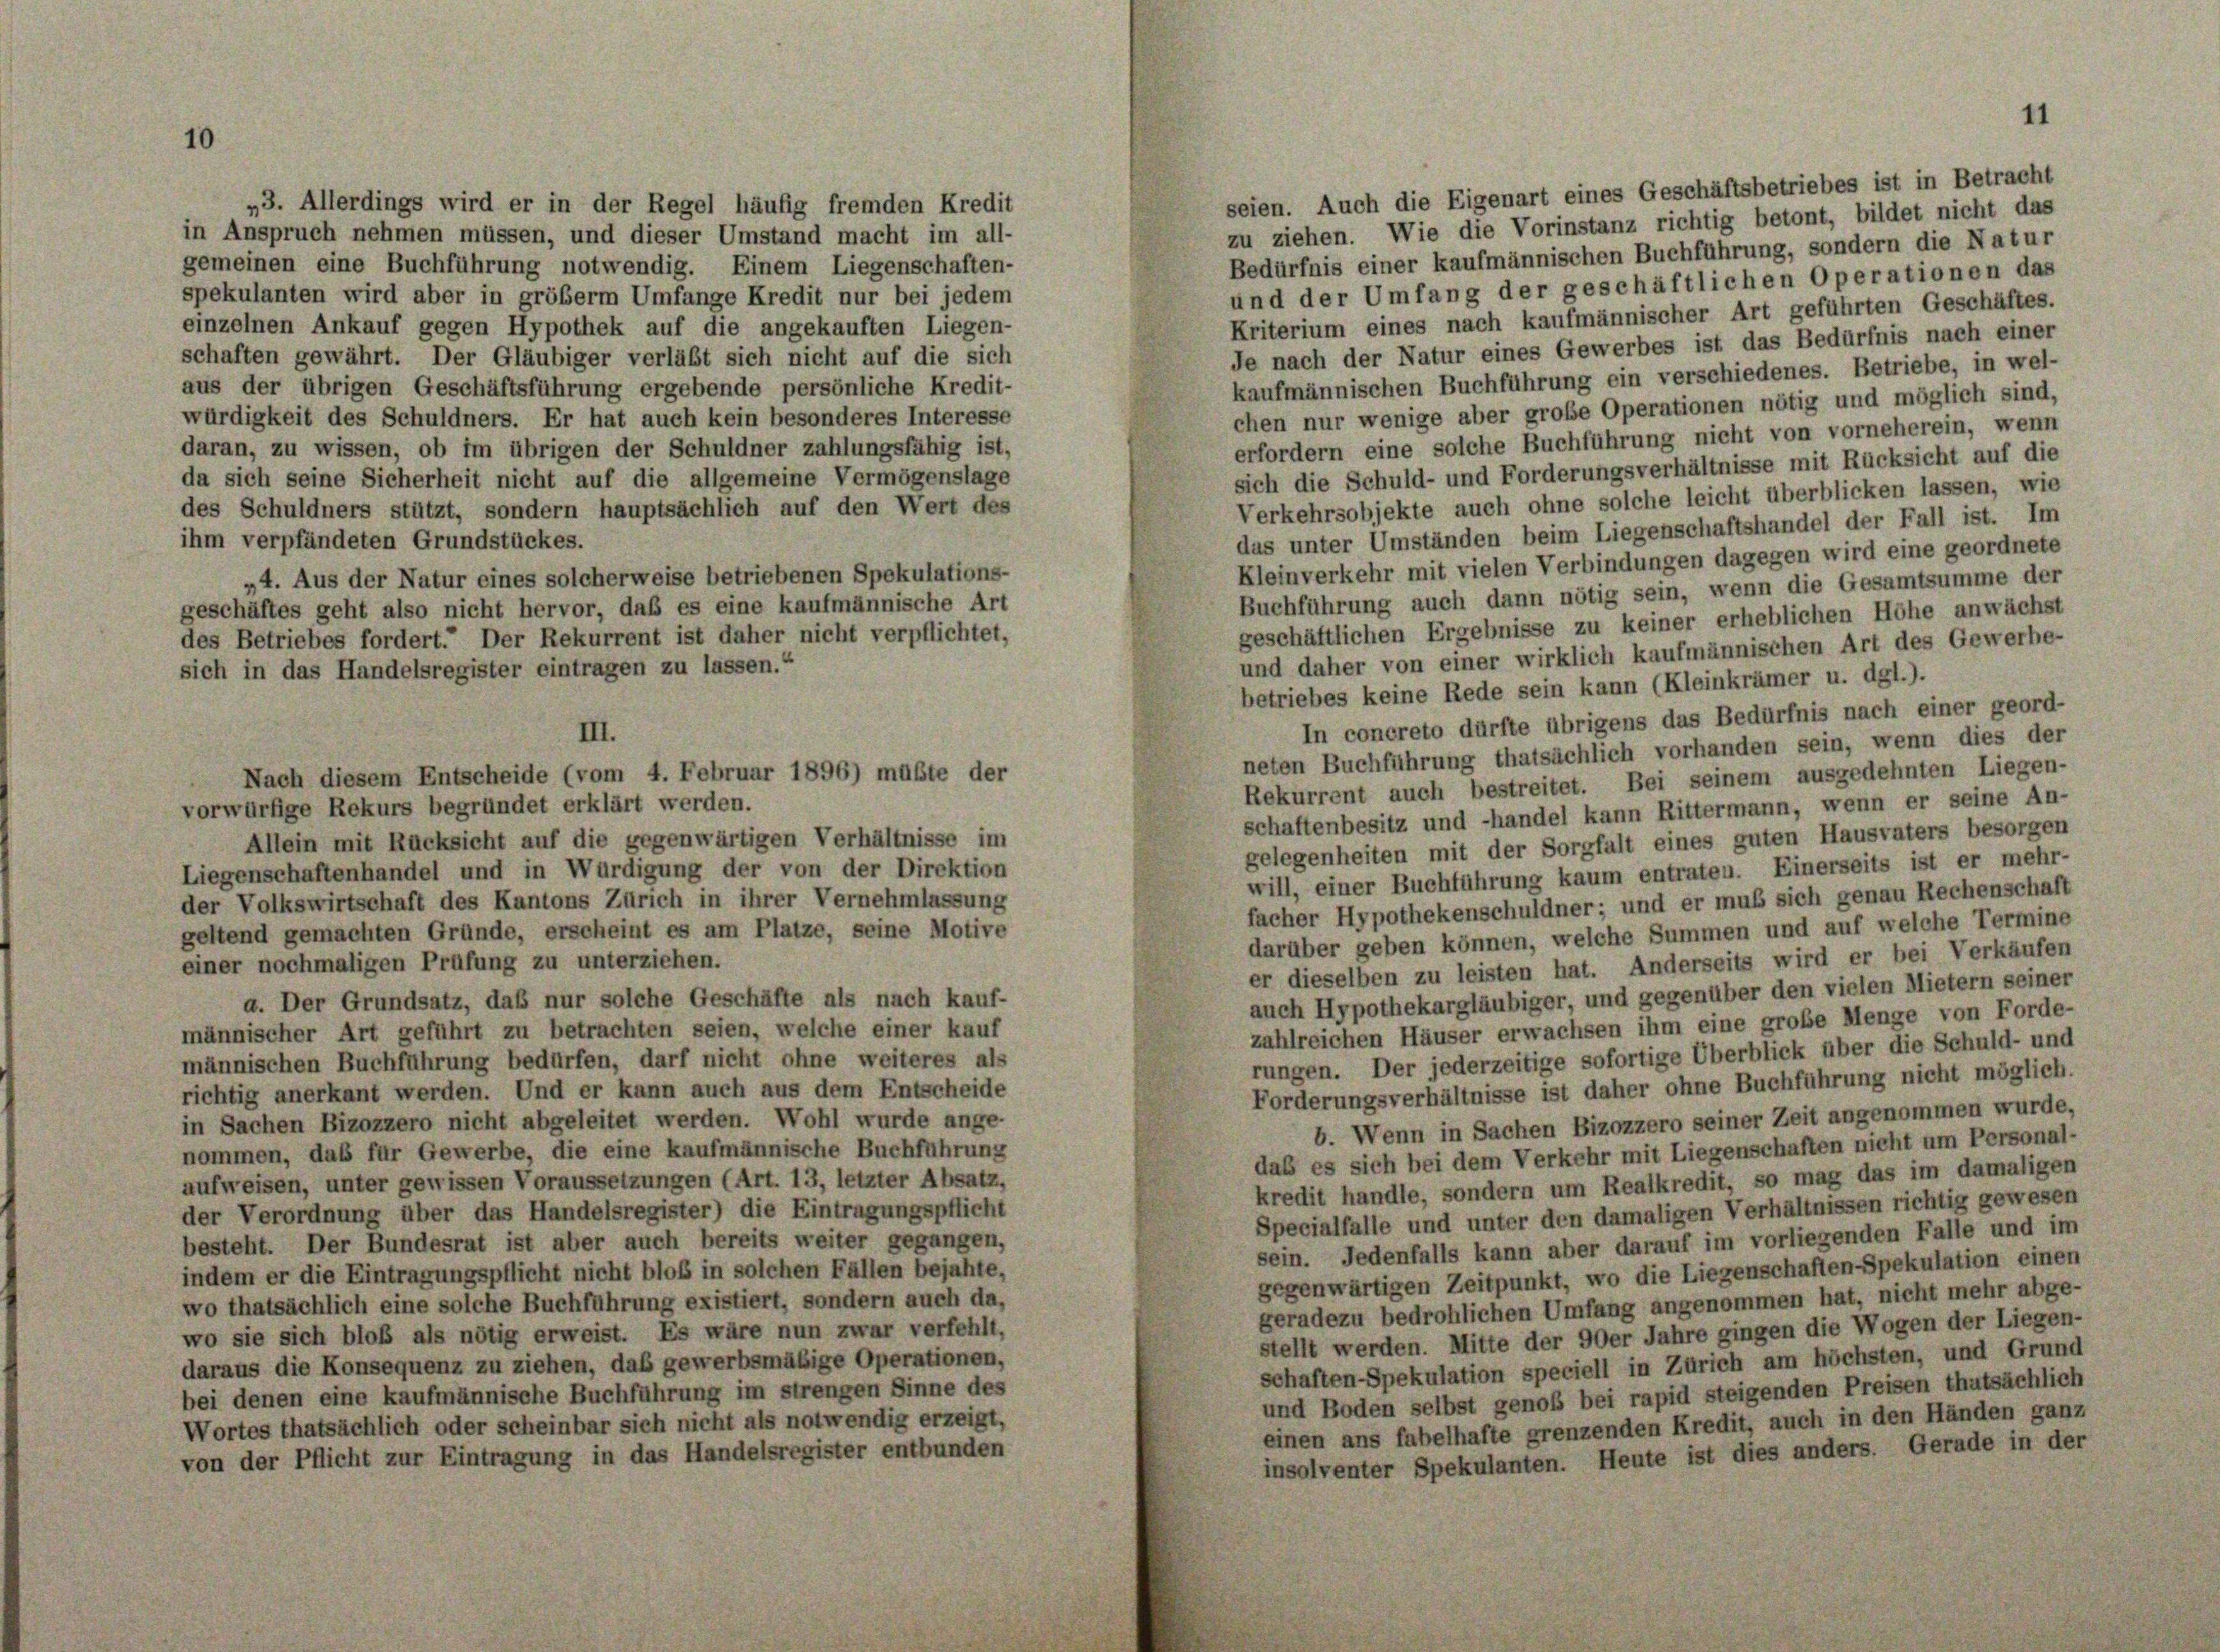
seien. Auch die Eigenart eines Geschäftsbetriebes ist in Betracht
„3. Allerdings wird er in der Regel häufig fremden Kredit
zu ziehen. Wie die Vorinstanz richtig betont, bildet nicht das
in Anspruch nehmen müssen, und dieser Umstand macht im all-
Bedürfnis einer kaufmännischen Buchführung, sondern die Natur
gemeinen eine Buchführung notwendig. Einem Liegenschaften-
und der Umfang der geschäftlichen Operationen das
spekulanten wird aber in größerm Umfange Kredit nur bei jedem
Kriterium eines nach kaufmännischer Art geführten Geschäftes.
einzelnen Ankauf gegen Hypothek auf die angekauften Liegen-
Je nach der Natur eines Gewerbes ist das Bedürfnis nach einer
schaften gewährt. Der Gläubiger verläßt sich nicht auf die sich
kaufmännischen Buchführung ein verschiedenes. Betriebe, in wel-
aus der übrigen Geschäftsführung ergebende persönliche Kredit-
chen nur wenige aber große Operationen nötig und möglich sind,
würdigkeit des Schuldners. Er hat auch kein besonderes Interesse
erfordern eine solche Buchführung nicht von vorneherein, wenn
daran, zu wissen, ob im übrigen der Schuldner zahlungsfähig ist,
sich die Schuld- und Forderungsverhältnisse mit Rücksicht auf die
da sich seine Sicherheit nicht auf die allgemeine Vermögenslage
Verkehrsobjekte auch ohne solche leicht überblicken lassen, wie
des Schuldners stützt, sondern hauptsächlich auf den Wert des
das unter Umständen beim Liegenschaftshandel der Fall ist. Im
ihm verpfändeten Grundstückes.
Kleinverkehr mit vielen Verbindungen dagegen wird eine geordnete
„4. Aus der Natur eines solcherweise betriebenen Spekulations-
Buchführung auch dann nötig sein, wenn die Gesamtsumme der
geschäftes geht also nicht hervor, daß es eine kaufmännische Art
geschäftlichen Ergebnisse zu keiner erheblichen Höhe anwächst
des Betriebes fordert.“ Der Rekurrent ist daher nicht verpflichtet,
und daher von einer wirklich kaufmännischen Art des Gewerbe-
sich in das Handelsregister eintragen zu lassen.“
betriebes keine Rede sein kann (Kleinkrämer u. dgl.).
In concreto dürfte übrigens das Bedürfnis nach einer geord-
III.
neten Buchführung thatsächlich vorhanden sein, wenn dies der
Nach diesem Entscheide (vom 4. Februar 1896) müßte der
Rekurrent auch bestreitet. Bei seinem ausgedehnten Liegen-
vorwürfige Rekurs begründet erklärt werden.
schaftenbesitz und -handel kann Rittermann, wenn er seine An-
Allein mit Rücksicht auf die gegenwärtigen Verhältnisse im
gelegenheiten mit der Sorgfalt eines guten Hausvaters besorgen
Liegenschaftenhandel und in Würdigung der von der Direktion
will, einer Buchführung kaum entraten. Einerseits ist er mehr-
der Volkswirtschaft des Kantons Zürich in ihrer Vernehmlassung
facher Hypothekenschuldner; und er muß sich genau Rechenschaft
geltend gemachten Gründe, erscheint es am Platze, seine Motive
darüber geben können, welche Summen und auf welche Termine
einer nochmaligen Prüfung zu unterziehen.
er dieselben zu leisten hat. Anderseits wird er bei Verkäufen
auch Hypothekargläubiger, und gegenüber den vielen Mietern seiner
a. Der Grundsatz, daß nur solche Geschäfte als nach kauf-
zahlreichen Häuser erwachsen ihm eine große Menge von Forde-
männischer Art geführt zu betrachten seien, welche einer kauf
rungen. Der jederzeitige sofortige Überblick über die Schuld- und
männischen Buchführung bedürfen, darf nicht ohne weiteres als
Forderungsverhältnisse ist daher ohne Buchführung nicht möglich.
richtig anerkant werden. Und er kann auch aus dem Entscheide
in Sachen Bizozzero nicht abgeleitet werden. Wohl wurde ange-
b. Wenn in Sachen Bizozzero seiner Zeit angenommen wurde,
nommen, daß für Gewerbe, die eine kaufmännische Buchführung
daß es sich bei dem Verkehr mit Liegenschaften nicht um Personal-
aufweisen, unter gewissen Voraussetzungen (Art. 13, letzter Absatz,
kredit handle, sondern um Realkredit, so mag das im damaligen
der Verordnung über das Handelsregister) die Eintragungspflicht
Specialfalle und unter den damaligen Verhältnissen richtig gewesen
besteht. Der Bundesrat ist aber auch bereits weiter gegangen,
sein. Jedenfalls kann aber darauf im vorliegenden Falle und im
indem er die Eintragungspflicht nicht bloß in solchen Fällen bejahte,
gegenwärtigen Zeitpunkt, wo die Liegenschaften-Spekulation einen
wo thatsächlich eine solche Buchführung existiert, sondern auch da,
geradezu bedrohlichen Umfang angenommen hat, nicht mehr abge-
wo sie sich bloß als nötig erweist. Es wäre nun zwar verfehlt,
stellt werden. Mitte der 90er Jahre gingen die Wogen der Liegen-
daraus die Konsequenz zu ziehen, daß gewerbsmäßige Operationen,
schaften-Spekulation speciell in Zürich am höchsten, und Grund
bei denen eine kaufmännische Buchführung im strengen Sinne des
und Boden selbst genoß bei rapid steigenden Preisen thatsächlich
Wortes thatsächlich oder scheinbar sich nicht als notwendig erzeigt,
einen ans fabelhafte grenzenden Kredit, auch in den Händen ganz
von der Pflicht zur Eintragung in das Handelsregister entbunden
insolventer Spekulanten. Heute ist dies anders. Gerade in der